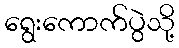
ရွေးကောက်ပွဲသို့